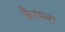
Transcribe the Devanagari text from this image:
कैमला